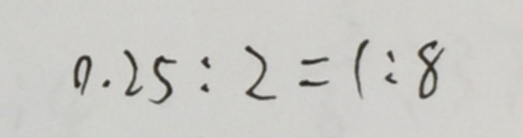
0 . 2 5 : 2 = 1 : 8